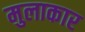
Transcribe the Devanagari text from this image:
मुलाकार